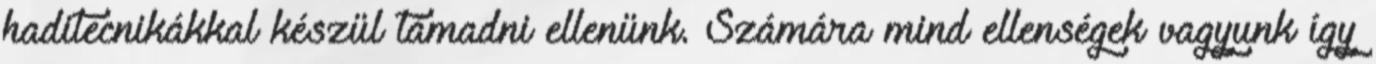
haditecnikákkal készül támadni ellenünk. Számára mind ellenségek vagyunk így